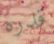
قدره